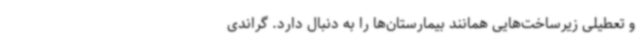
و تعطیلی زیرساخت‌هایی همانند بیمارستان‌ها را به دنبال دارد. گراندی